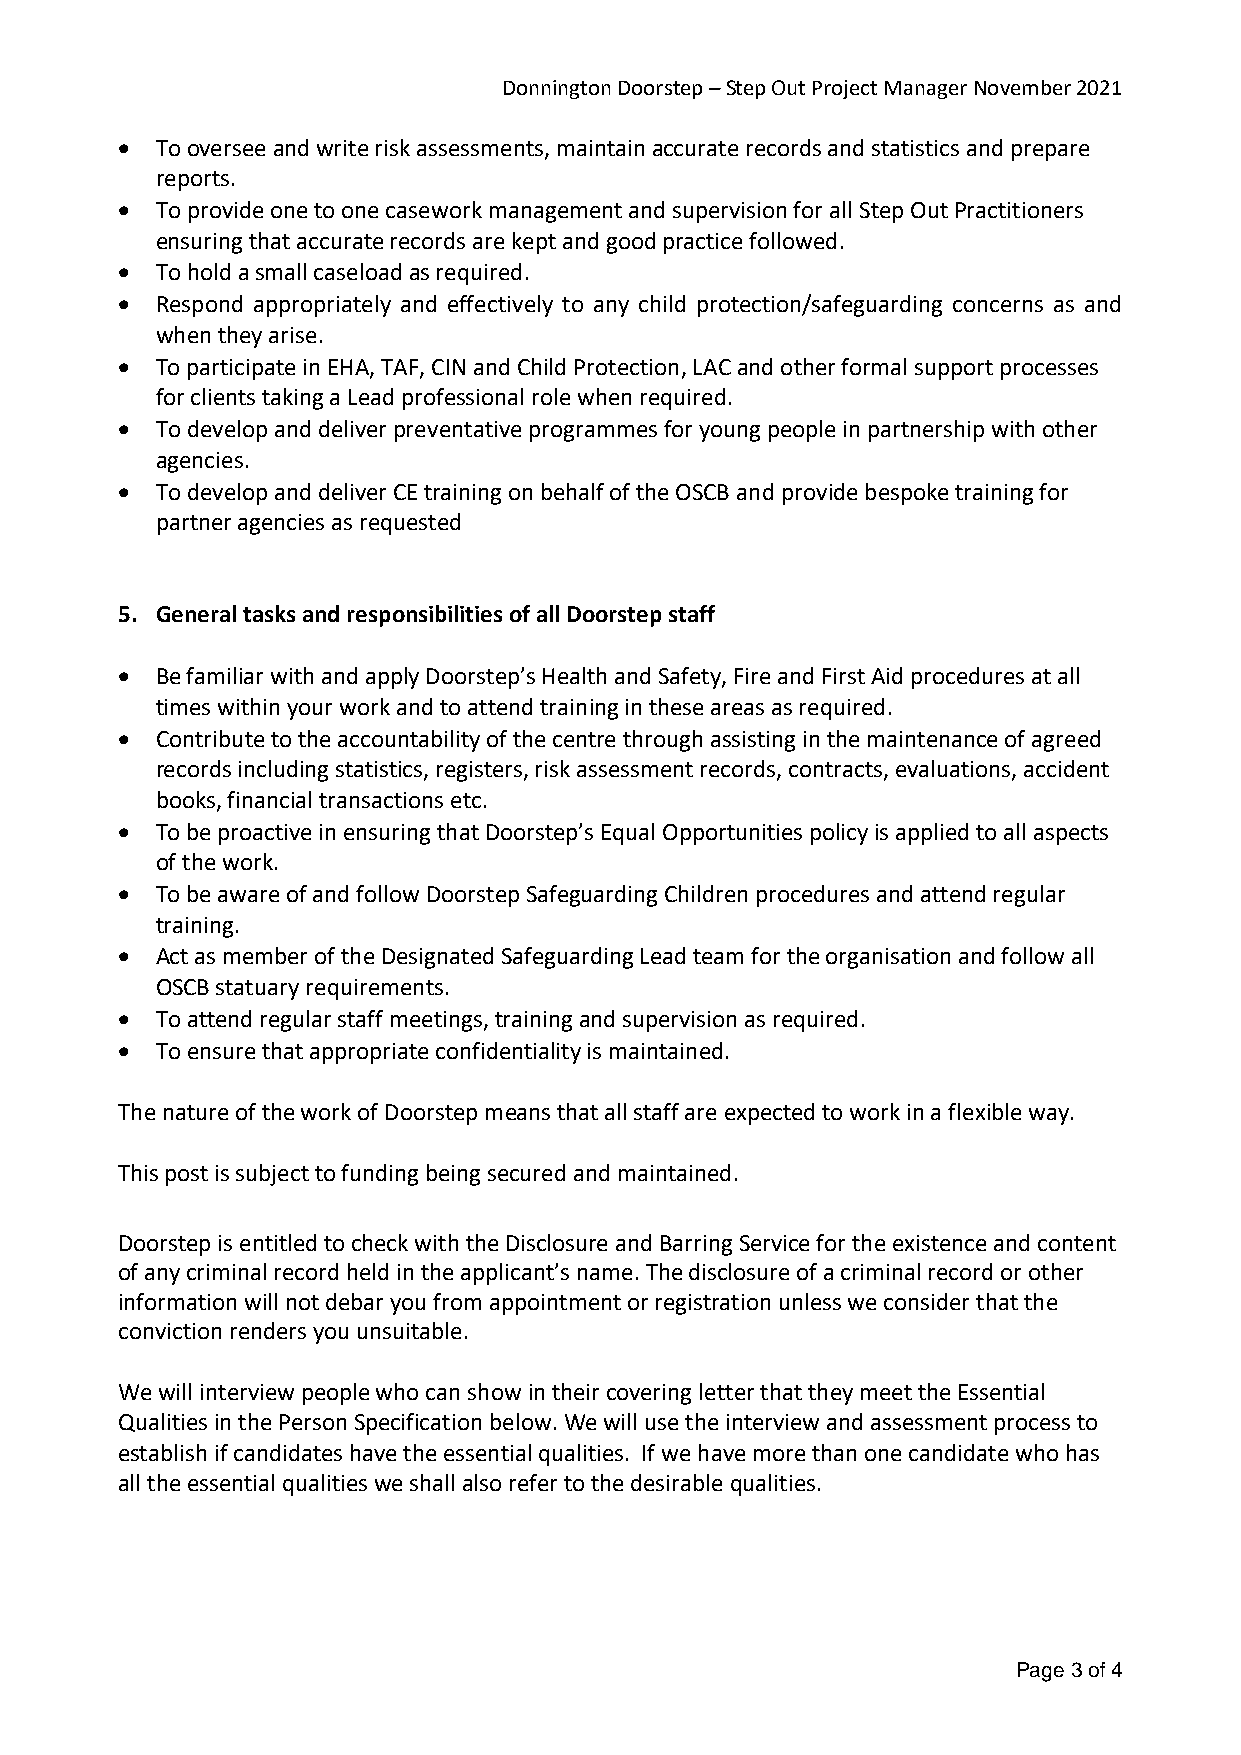
Donnington Doorstep – Step Out Project Manager November 2021
  To oversee and write risk assessments, maintain accurate records and statistics and prepare
 reports.
  To provide one to one casework management and supervision for all Step Out Practitioners
 ensuring that accurate records are kept and good practice followed.
  To hold a small caseload as required.
  Respond appropriately and effectively to any child protection/safeguarding concerns as and
 when they arise.
  To participate in EHA, TAF, CIN and Child Protection, LAC and other formal support processes
 for clients taking a Lead professional role when required.
  To develop and deliver preventative programmes for young people in partnership with other
 agencies.
  To develop and deliver CE training on behalf of the OSCB and provide bespoke training for
 partner agencies as requested
 5. General tasks and responsibilities of all Doorstep staff
  Be familiar with and apply Doorstep’s Health and Safety, Fire and First Aid procedures at all
 times within your work and to attend training in these areas as required.
  Contribute to the accountability of the centre through assisting in the maintenance of agreed
 records including statistics, registers, risk assessment records, contracts, evaluations, accident
 books, financial transactions etc.
  To be proactive in ensuring that Doorstep’s Equal Opportunities policy is applied to all aspects
 of the work.
  To be aware of and follow Doorstep Safeguarding Children procedures and attend regular
 training.
  Act as member of the Designated Safeguarding Lead team for the organisation and follow all
 OSCB statuary requirements.
  To attend regular staff meetings, training and supervision as required.
  To ensure that appropriate confidentiality is maintained.
 The nature of the work of Doorstep means that all staff are expected to work in a flexible way.
 This post is subject to funding being secured and maintained.
 Doorstep is entitled to check with the Disclosure and Barring Service for the existence and content
 of any criminal record held in the applicant’s name. The disclosure of a criminal record or other
 information will not debar you from appointment or registration unless we consider that the
 conviction renders you unsuitable.
 We will interview people who can show in their covering letter that they meet the Essential
 Qualities in the Person Specification below. We will use the interview and assessment process to
 establish if candidates have the essential qualities. If we have more than one candidate who has
 all the essential qualities we shall also refer to the desirable qualities.
 Page 3 of 4